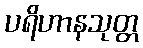
ပရိဟာနသုတ္တ